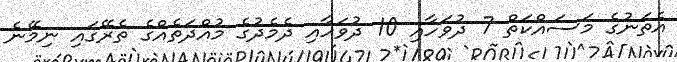
އެތަނުގެ މަސައްކަތް 7 ދުވަހާއި 10 ދުވަހާއި ދެމެދުގެ މުއްދަތެއްގެ ތެރޭގައި ނިމޭނެ